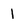
Character: 1